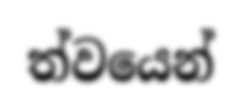
ත්වයෙන්